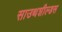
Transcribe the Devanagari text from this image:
साउथशील्डस